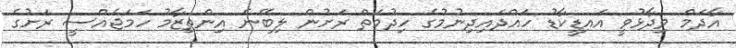
އާދަމް ވިދާޅުވީ އައިޑީކާޑު ހައްދައިދިނުމުގެ ހިދުމަތް ރަށުން ލިބޭނެ އިންތިޒާމު ހަމަޖެއްސީ ރަށުގެ